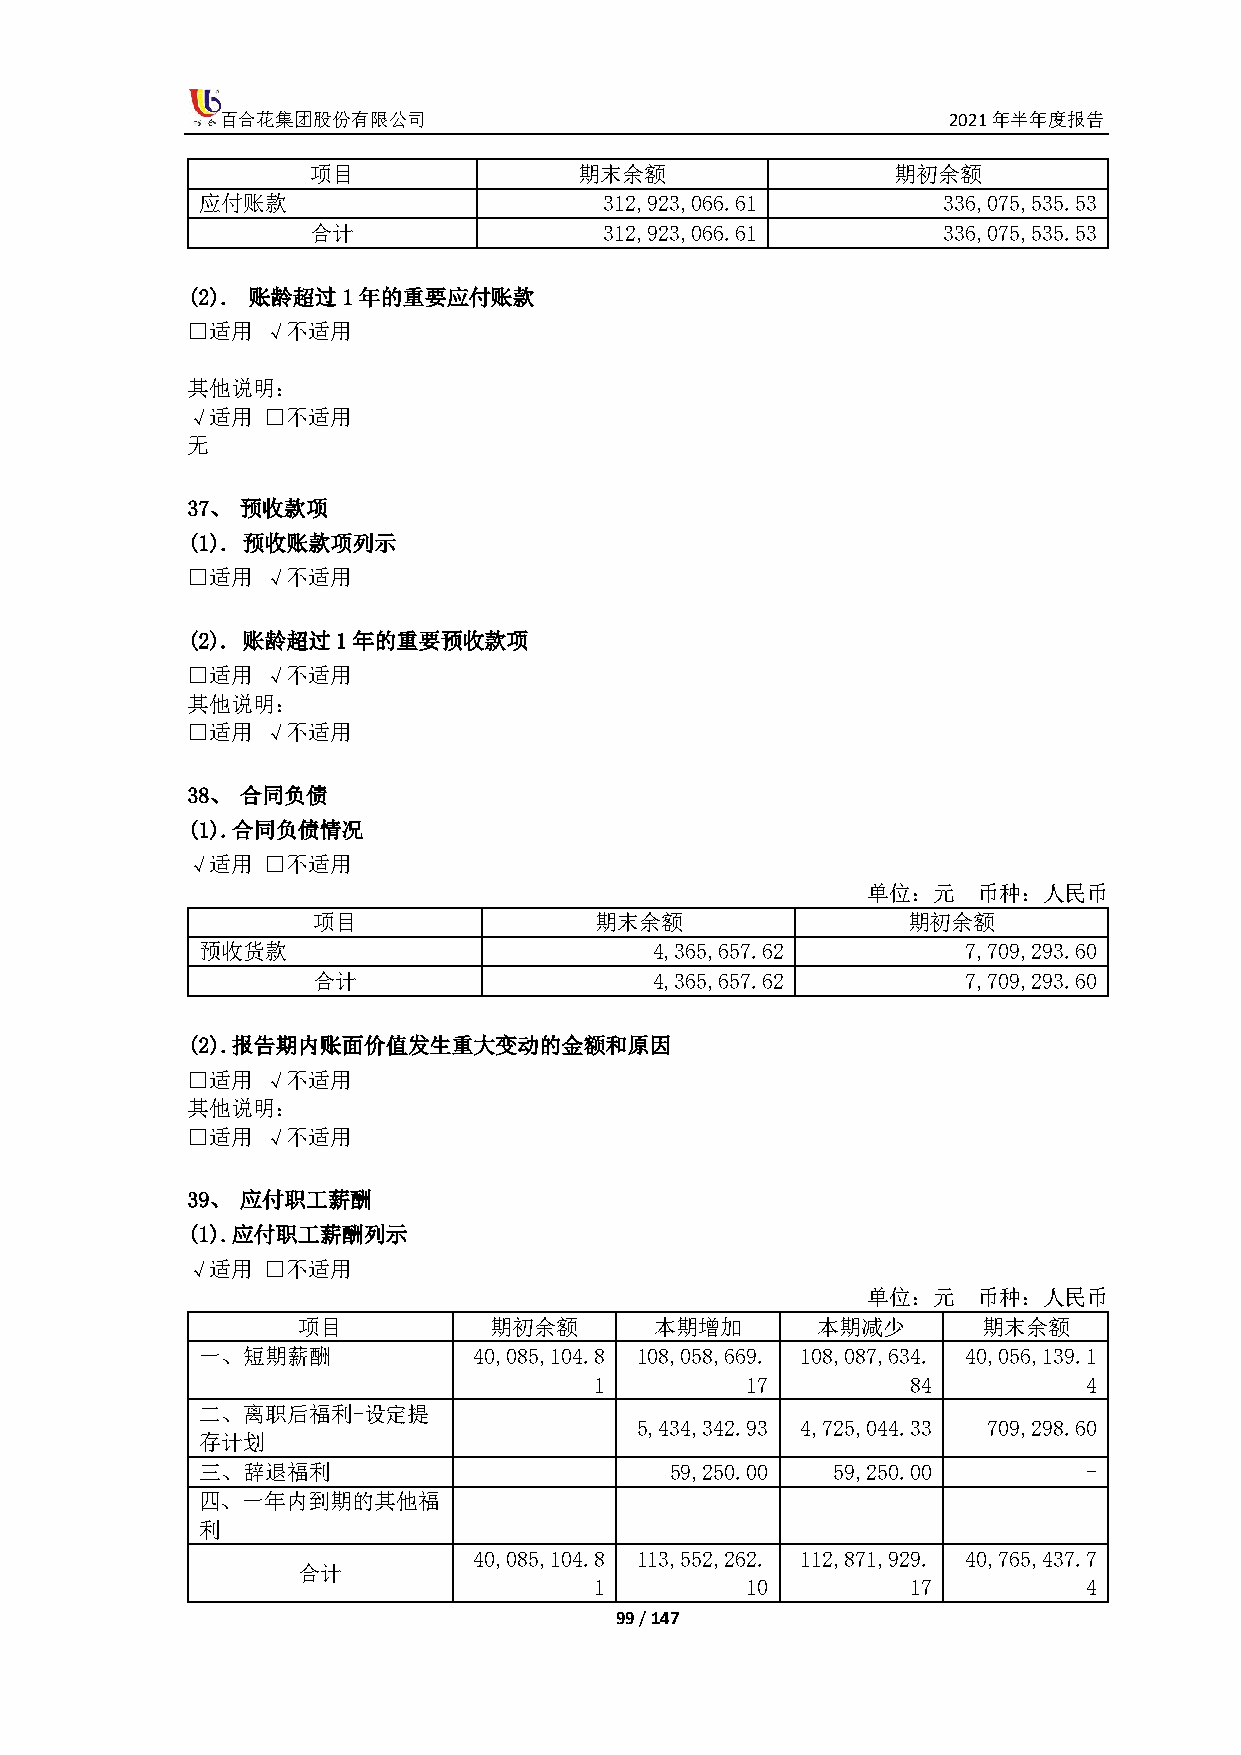
百合花集团股份有限公司                                     2021年半年度报告
 项目               期末余额                 期初余额
 应付账款                       312,923,066.61        336,075,535.53
 合计                 312,923,066.61        336,075,535.53
 (2). 账龄超过1年的重要应付账款
 □适用  √不适用
 其他说明：
 √适用  □不适用
 无
 37、 预收款项
 (1). 预收账款项列示
 □适用  √不适用
 (2). 账龄超过1年的重要预收款项
 □适用  √不适用
 其他说明：
 □适用  √不适用
 38、 合同负债
 (1). 合同负债情况
 √适用  □不适用
 单位：元    币种：人民币
 项目                期末余额                 期初余额
 预收货款                          4,365,657.62         7,709,293.60
 合计                    4,365,657.62         7,709,293.60
 (2). 报告期内账面价值发生重大变动的金额和原因
 □适用  √不适用
 其他说明：
 □适用  √不适用
 39、 应付职工薪酬
 (1). 应付职工薪酬列示
 √适用  □不适用
 单位：元    币种：人民币
 项目          期初余额       本期增加       本期减少       期末余额
 一、短期薪酬            40,085,104.8 108,058,669. 108,087,634. 40,056,139.1
 1         17         84          4
 二、离职后福利-设定提
 5,434,342.93 4,725,044.33 709,298.60
 存计划
 三、辞退福利                         59,250.00  59,250.00        -
 四、一年内到期的其他福
 利
 40,085,104.8 113,552,262. 112,871,929. 40,765,437.7
 合计
 1         10         17          4
 99 / 147